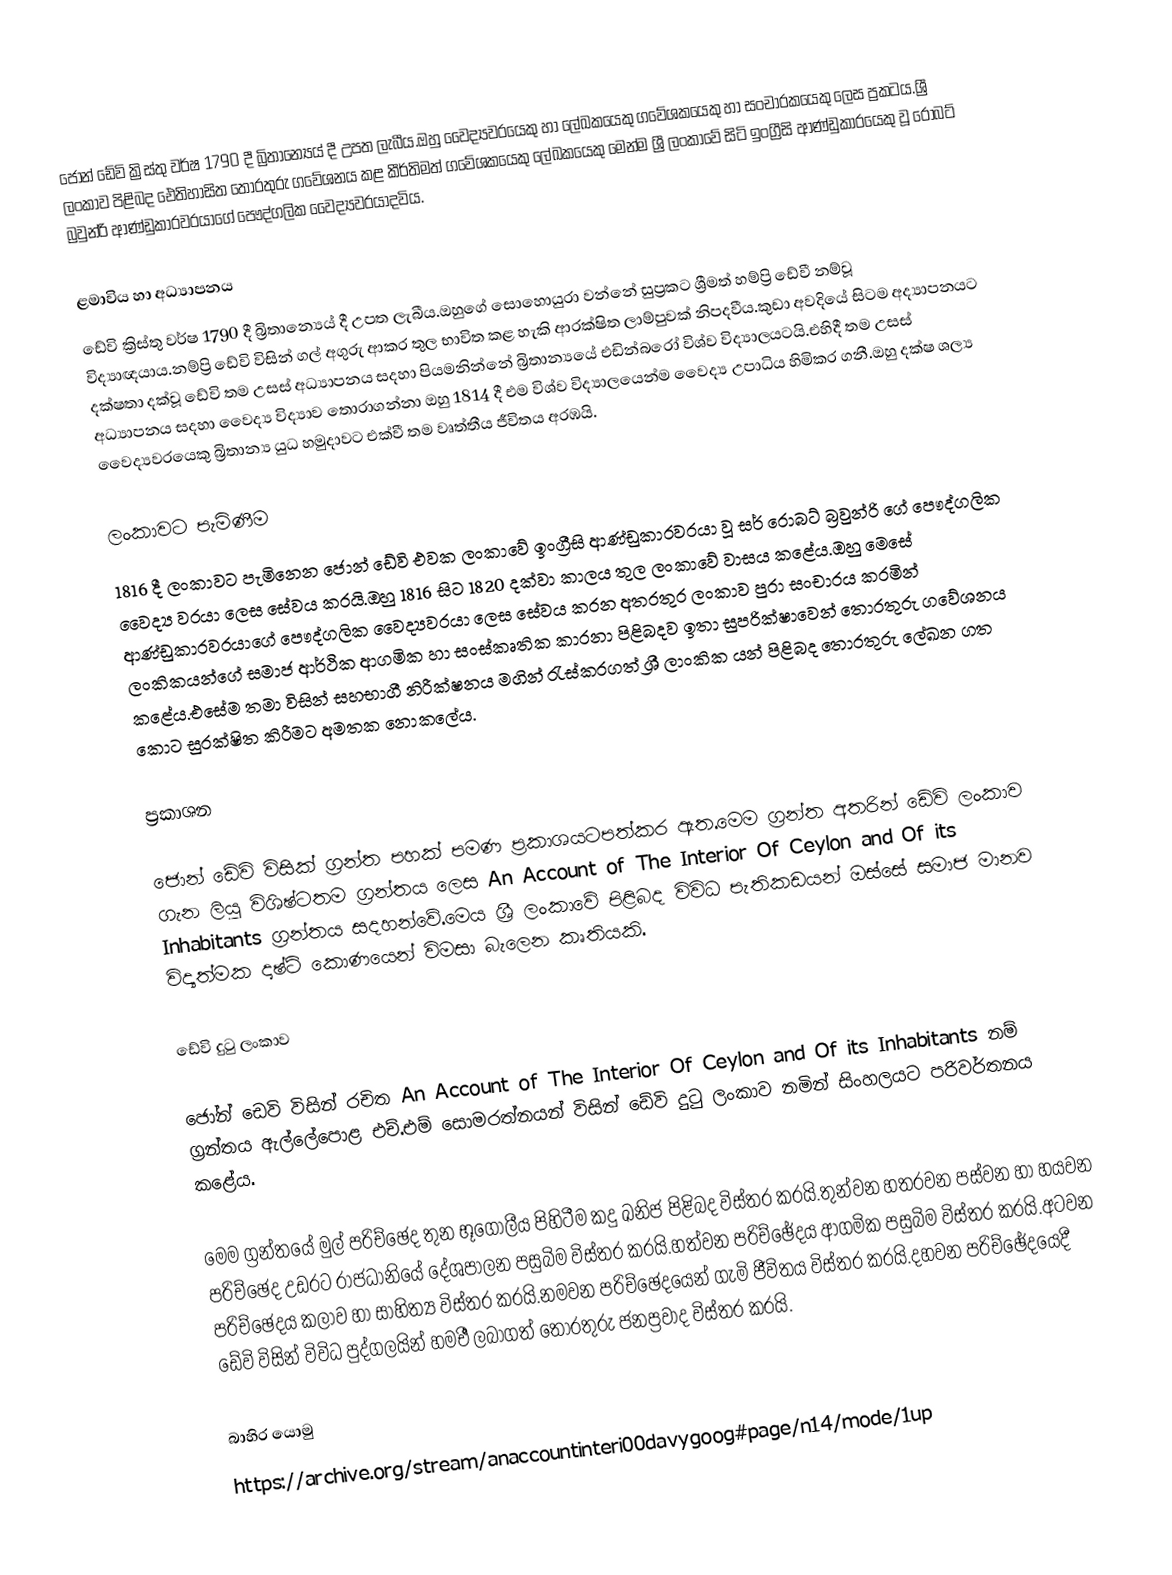
ජොන් ඩේවි ක්‍රිස්තු වර්ෂ 1790 දී බ්‍රිතාන්‍යෙය් දී උපත ලැබීය.ඔහු වෛද්‍යවරයෙකු හා ලේඛකයෙකු ගවේශකයෙකු හා සංචාරකයෙකු ලෙස ප්‍රකටය.ශ්‍රී ලංකාව පිළිබද ඓතිහාසිත තොරතුරු ගවේශනය කළ කීර්තිමත් ගවේශකයෙකු ලේඛකයෙකු මෙන්ම ශ්‍රී ලංකාවේ සිටි ඉංග්‍රීසි ආණ්ඩුකාරයෙකු වූ රොබට් බ්‍රවුන්රි ආණ්ඩුකාරවරයාගේ පෞද්ගලික වෛද්‍යවරයාදවිය.

ළමාවිය හා අධ්‍යාපනය
ඩේවි ක්‍රිස්තු වර්ෂ 1790 දී බ්‍රිතාන්‍යෙය් දී උපත ලැබීය.ඔහුගේ සොහොයුරා වන්නේ සුප්‍රකට ශ්‍රීමත් හම්ප්‍රි ඩේවී නම්වූ විද්‍යාඥයාය.නම්ප්‍රි ඩේවි විසින් ගල් අගුරු ආකර තුල භාවිත කළ හැකි ආරක්ෂිත ලාම්පුවක් නිපදවීය.කුඩා අවදියේ සිටම අද්‍යාපනයට දක්ෂතා දක්වූ ඩේවි තම උසස් අධ්‍යාපනය සදහා පියමනින්නේ බ්‍රිතාන්‍යයේ එඩින්බරෝ විශ්ව විද්‍යාලයටයි.එහිදී තම උසස් අධ්‍යාපනය සදහා වෛද්‍ය විද්‍යාව තොරාගන්නා ඔහු 1814 දී එම විශ්ව විද්‍යාලයෙන්ම වෛද්‍ය උපාධිය හිමිකර ගනී.ඔහු දක්ෂ ශල්‍ය වෛද්‍යවරයෙකු බ්‍රිතාන්‍ය යුධ හමුදාවට එක්වී තම වෘත්තීය ජීවිතය අරඹයි.

ලංකාවට පැමිණීම
1816 දී ලංකාවට පැමිනෙන ජොන් ඩේවි එවක ලංකාවේ ඉංග්‍රීසි ආණ්ඩුකාරවරයා වූ සර් රොබට් බ්‍රවුන්රි ගේ පෞද්ගලික වෛද්‍ය වරයා ලෙස සේවය කරයි.ඔහු 1816 සිට 1820 දක්වා කාලය තුල ලංකාවේ වාසය කළේය.ඔහු මෙසේ ආණ්ඩුකාරවරයාගේ පෞද්ගලික වෛද්‍යවරයා ලෙස සේවය කරන අතරතුර ලංකාව පුරා සංචාරය කරමින් ලංකිකයන්ගේ සමාජ ආර්ථික ආගමික හා සංස්කෘතික කාරනා පිළිබදව ඉතා සුපරික්ෂාවෙන් තොරතුරු ගවේශනය කළේය.එසේම තමා විසින් සහභාගී නිරීක්ෂනය මගින් රැස්කරගත් ශ්‍රී ලාංකික යන් පිළිබද තොරතුරු ලේඛන ගත කොට සුරක්ෂිත කිරීමට අමතක නොකලේය.

ප්‍රකාශන

ජොන් ඩේවි විසික් ග්‍රන්ත පහක් පමණ ප්‍රකාශයටපත්කර ඇත.මෙම ග්‍රන්ත අතරින් ඩේවි ලංකාව ගැන ලියූ විශිෂ්ටතම ග්‍රන්තය ලෙස An Account of The Interior Of Ceylon and Of its Inhabitants ග්‍රන්තය සදහන්වේ.මෙය ශ්‍රී ලංකාවේ පිළිබද විවිධ පැතිකඩයන් ඔස්සේ සමාජ මානව විද්‍යත්මක දෘෂ්ටි කොණයෙන් විමසා බැලෙන කෘතියකි.

ඩේවි දුටු ලංකාව

ජෝන් ඩෙවි විසින් රචිත An Account of The Interior Of Ceylon and Of its Inhabitants නම් ග්‍රන්තය ඇල්ලේපොළ එච්.එම් සොමරත්නයන් විසින් ඩේවි දුටු ලංකාව නමින් සිංහලයට පරිවර්තනය කළේය.

මෙම ග්‍රන්තයේ මුල් පරිච්ඡෙද තුන භූගෝලීය පිහිටීම කදු ඛනිජ පිළිබද විස්තර කරයි.තුන්වන හතරවන පස්වන හා හයවන පරිච්ඡෙද උඩරට රාජධානියේ දේශපාලන පසුබිම විස්තර කරයි.හත්වන පරිච්ඡේදය ආගමික පසුබිම විස්තර කරයි.අටවන පරිච්ඡෙදය කලාව හා සාහිත්‍ය විස්තර කරයි.නමවන පරිච්ඡෙදයෙන් ගැමි ජීවිතය විස්තර කරයි.දහවන පරිච්ඡේදයෙදී ඩේවි විසින් විවිධ පුද්ගලයින් හමඑී ලබාගත් තොරතුරු ජනප්‍රවාද විස්තර කරයි.

බාහිර යොමු
 https://archive.org/stream/anaccountinteri00davygoog#page/n14/mode/1up